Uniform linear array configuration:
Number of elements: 48
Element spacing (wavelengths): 0.75
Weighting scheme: exponential
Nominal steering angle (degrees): -45
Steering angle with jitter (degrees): -46.517
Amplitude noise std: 0.05
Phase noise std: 0.05

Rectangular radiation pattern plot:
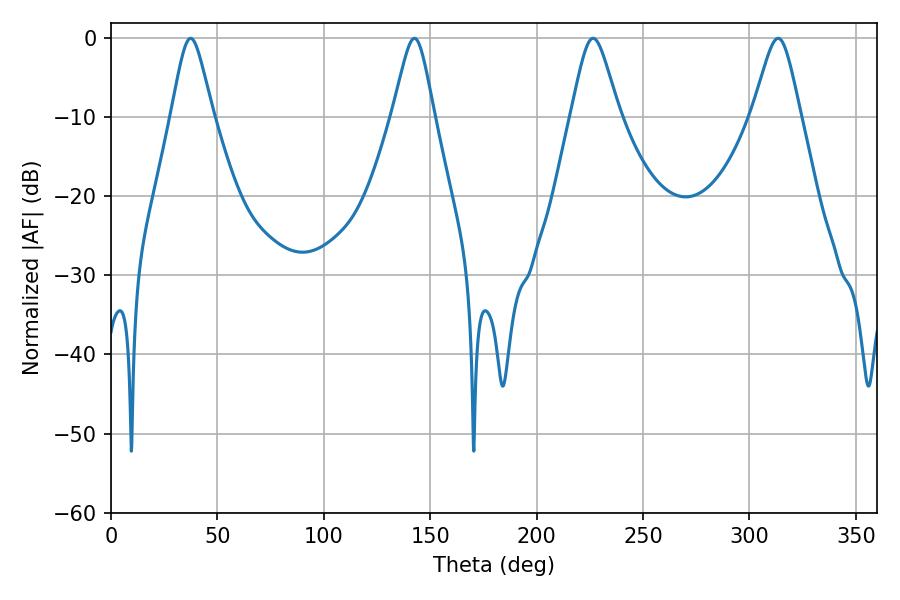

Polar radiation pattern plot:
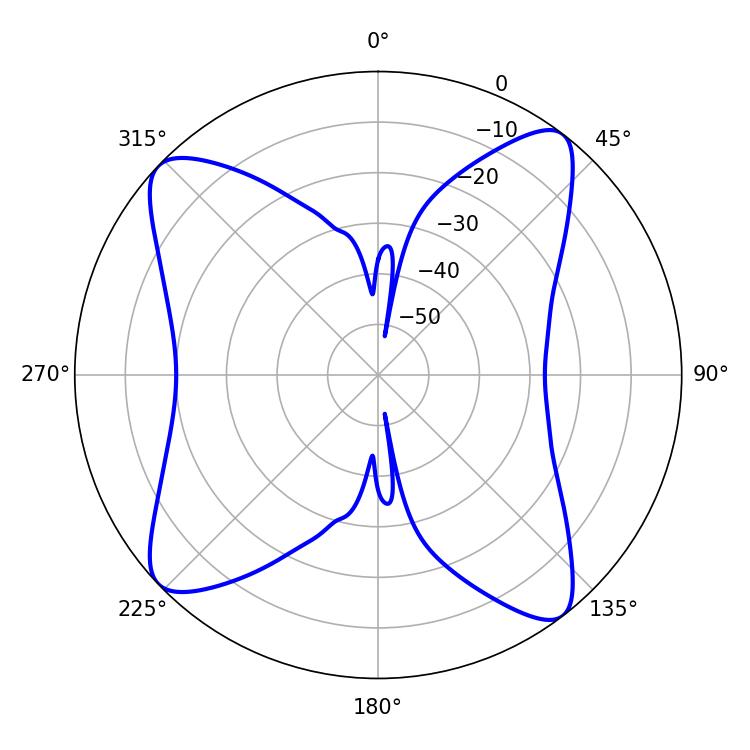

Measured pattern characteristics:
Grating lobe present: TRUE
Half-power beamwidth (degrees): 9.36
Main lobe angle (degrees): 37.44